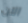
الآن